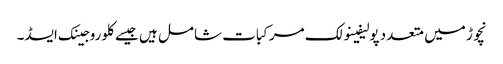
نچوڑ میں متعدد پولیفینولک مرکبات شامل ہیں جیسے کلوروجینک ایسڈ۔